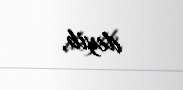
deyib.